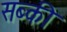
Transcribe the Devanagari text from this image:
सब्की